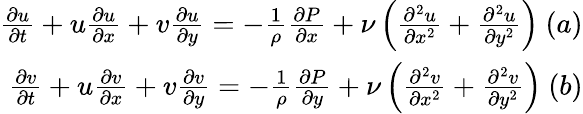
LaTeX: \begin{array}{r}{\frac{\partial u}{\partial t}+u\frac{\partial u}{\partial x}+v\frac{\partial u}{\partial y}=-\frac{1}{\rho}\frac{\partial P}{\partial x}+\nu\left({\frac{\partial^{2}u}{\partial x^{2}}+\frac{\partial^{2}u}{\partial y^{2}}}\right)~(a)}\\ {\frac{\partial v}{\partial t}+u\frac{\partial v}{\partial x}+v\frac{\partial v}{\partial y}=-\frac{1}{\rho}\frac{\partial P}{\partial y}+\nu\left({\frac{\partial^{2}v}{\partial x^{2}}+\frac{\partial^{2}v}{\partial y^{2}}}\right)~(b)}\end{array}